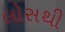
લોસથી